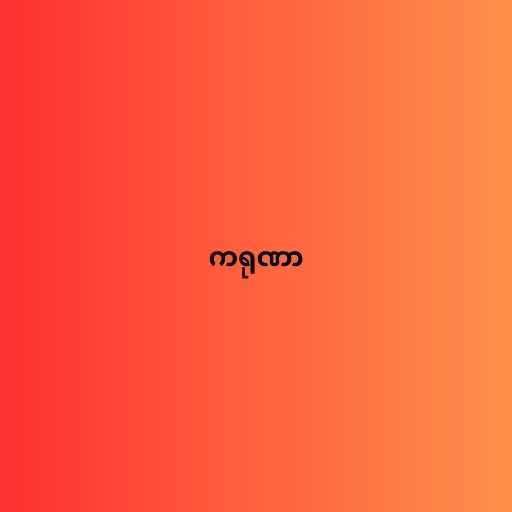
ကရုဏာ